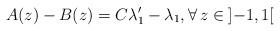
\begin{align*} A(z) -B(z)=C\lambda _{1}^{\prime }-\lambda _{1},\forall\, z\in {}]{-}1,1[ \end{align*}